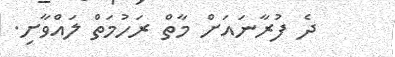
ދެ ފުރާނައަށް މާތް ރަހުމަތް ލައްވާށި.